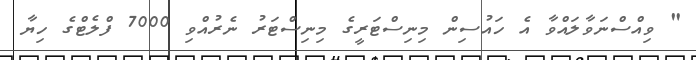
" ވިއްސްނަވާލައްވާ އެ ހައުސިން މިނިސްޓަރީގެ މިނިސްޓަރު ނެރުއްވި 7000 ފްލެޓްގެ ހިޔާ